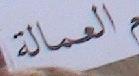
العمالة